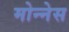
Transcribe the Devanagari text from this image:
मोन्‍नेस